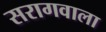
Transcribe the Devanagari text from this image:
सरागवाला